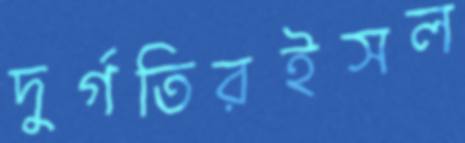
দুর্গতিরইসল